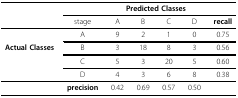
<table><thead><tr><td></td><td></td><td colspan="4"><b>Predicted Classes</b></td><td></td></tr><tr><td></td><td><b>stage</b></td><td><b>A</b></td><td><b>B</b></td><td><b>C</b></td><td><b>D</b></td><td><b>recall</b></td></tr></thead><tbody><tr><td></td><td>A</td><td>9</td><td>2</td><td>1</td><td>0</td><td>0.75</td></tr><tr><td><b>Actual Classes</b></td><td>B</td><td>3</td><td>18</td><td>8</td><td>3</td><td>0.56</td></tr><tr><td></td><td>C</td><td>5</td><td>3</td><td>20</td><td>5</td><td>0.60</td></tr><tr><td></td><td>D</td><td>4</td><td>3</td><td>6</td><td>8</td><td>0.38</td></tr><tr><td></td><td><b>precision</b></td><td>0.42</td><td>0.69</td><td>0.57</td><td>0.50</td><td></td></tr></tbody></table>